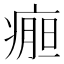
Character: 𰣹